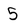
Character: 5